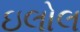
ઇલોલ